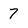
Character: 7